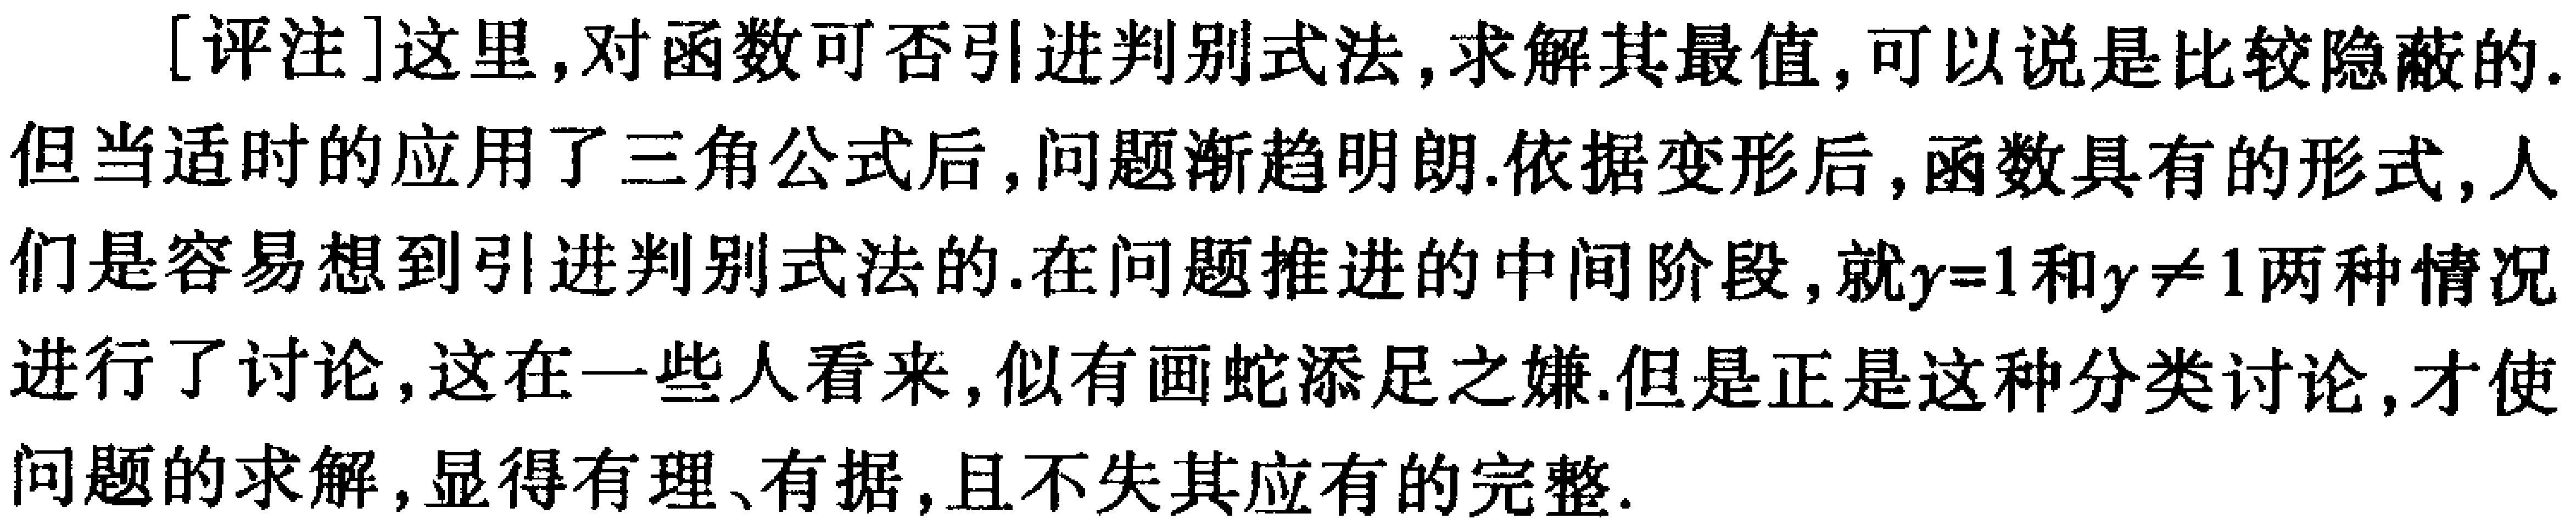
[评注]这里,对函数可否引进判别式法,求解其最值,可以说是比较隐蔽的.但当适时的应用了三角公式后,问题渐趋明朗.依据变形后,函数具有的形式,人们是容易想到引进判别式法的.在问题推进的中间阶段,就\(y = 1\)和\(y\neq 1\)两种情况进行了讨论,这在一些人看来,似有画蛇添足之嫌.但是正是这种分类讨论,才使问题的求解,显得有理、有据,且不失其应有的完整.